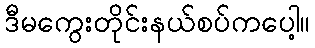
ဒီမကွေးတိုင်းနယ်စပ်ကပေါ့။